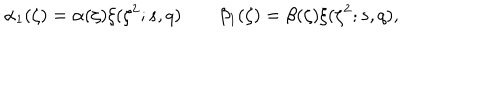
\alpha _ { 1 } ( \zeta ) = \alpha ( \zeta ) \xi ( \zeta ^ { 2 } ; s , q ) \qquad \beta _ { 1 } ( \zeta ) = \beta ( \zeta ) \xi ( \zeta ^ { 2 } ; s , q ) ,